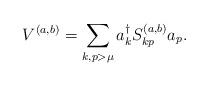
LaTeX: \begin{align*}V^{(a,b)} = \sum_{k,p>\mu} a^{\dagger}_k S^{(a,b)}_{kp} a_p .\end{align*}